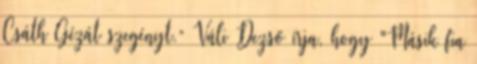
Csáth Gézát szegényt.” Váli Dezső írja, hogy "Másik fia